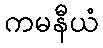
ကမနီယံ